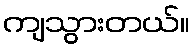
ကျသွားတယ်။